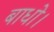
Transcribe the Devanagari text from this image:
बाधो।